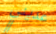
عديني